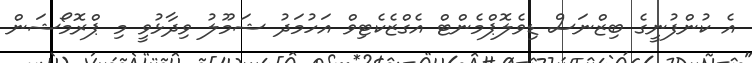
އެ ކުންފުނީގެ ބިޒްނަސް ޑިވެލޮޕްމެންޓް އެގްޒެކެޓިވް އަހުމަދު ޝަމޫލު ވިދާޅުވީ މި ޕްރޮމޯޝަން